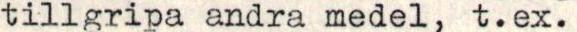
tillgripa andra medel, t.ex.